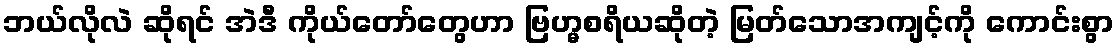
ဘယ်လိုလဲ ဆိုရင် အဲဒီ ကိုယ်တော်တွေဟာ ဗြဟ္မစရိယဆိုတဲ့ မြတ်သောအကျင့်ကို ကောင်းစွာ